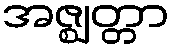
အဇ္ဈတ္တာ